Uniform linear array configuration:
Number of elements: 48
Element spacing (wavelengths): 0.75
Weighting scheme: uniform
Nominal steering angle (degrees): -45
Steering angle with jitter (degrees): -44.218
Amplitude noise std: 0.05
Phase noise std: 0.05

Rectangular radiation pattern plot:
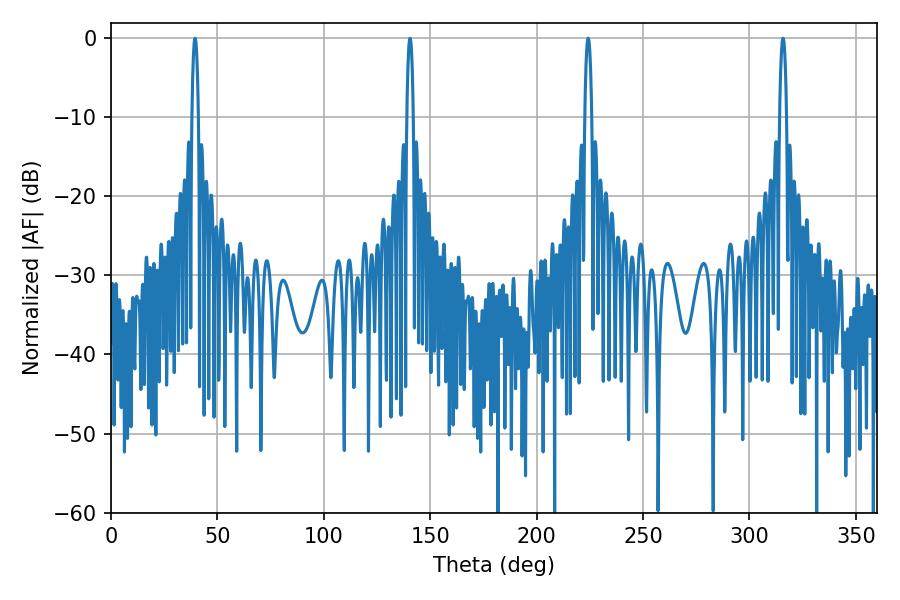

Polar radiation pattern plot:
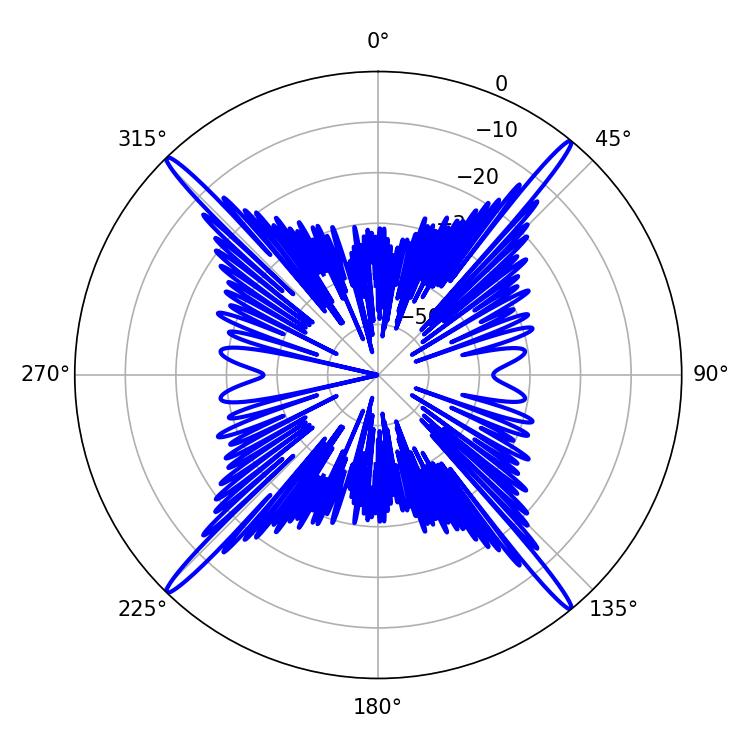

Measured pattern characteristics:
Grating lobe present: TRUE
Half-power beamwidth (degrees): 1.8
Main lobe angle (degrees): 315.72